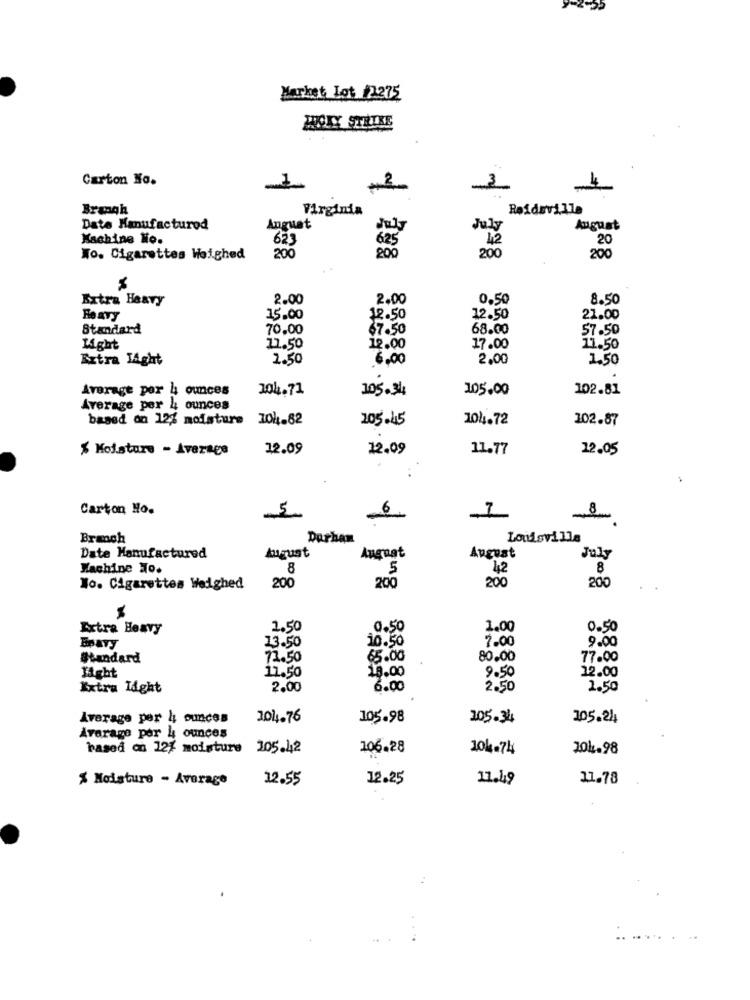
Market Lot #2275
BOTY STRIKE
Carton No.
3
4
Brangh
Virginia
Reidsville
Date Manufacturod
Anguat
July
August
Kachine No.
623
42
20
Wo. Cigarettes Weighed
200
200
20
200
Extra Heavy
2.00
2.00
0.50
8.50
Heavy
15.00
12.50
12.50
21.00
Standard
70.00
67.50
68.00
57.50
Light
11.50
12.00
17.00
11.50
Extra Light
2.50
6,00
2,00
1.50
Average por 4 ounces
104.71
105.34
105.00
102.81
Average per 4 ounces
based on 12% moisture 104.82
105.45
104.72
102.87
% Moisture - Average
12.09
12.09
11.77
22.05
Carton Ho.
5
Branch
Durham
Louisville
August
Date Manufactured
August
August
July
Machine To.
8
5
42
8
200
200
200
200
No. Cigarettes Weighed
Extra Heavy
1.50
0.50
1.00
0.50
10.50
7.00
9.00
EPAYy
13.50
Standard
72.50
65.00
80.00
77.00
11.50
18.00
12.00
Light
9.50
Extra Light
2.00
6.00
2.50
2.50
Average per 4 ounces
204.76
105.98
105.34
105.24
Average por 4 ounces
based on 12% moisture
205.42
106.28
104.74
101.98
% Moisture - Average
12.55
12.25
11.49
11.78